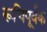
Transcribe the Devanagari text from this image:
रूचिपूर्वक